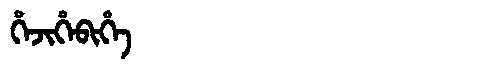
Manchu: ᡥᡝᠵᡳᡥᡝᠪᡳᡥᡝ
Romanization: HEJIHEBIHE